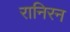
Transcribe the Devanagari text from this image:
रानिरन